Treatise on elephants
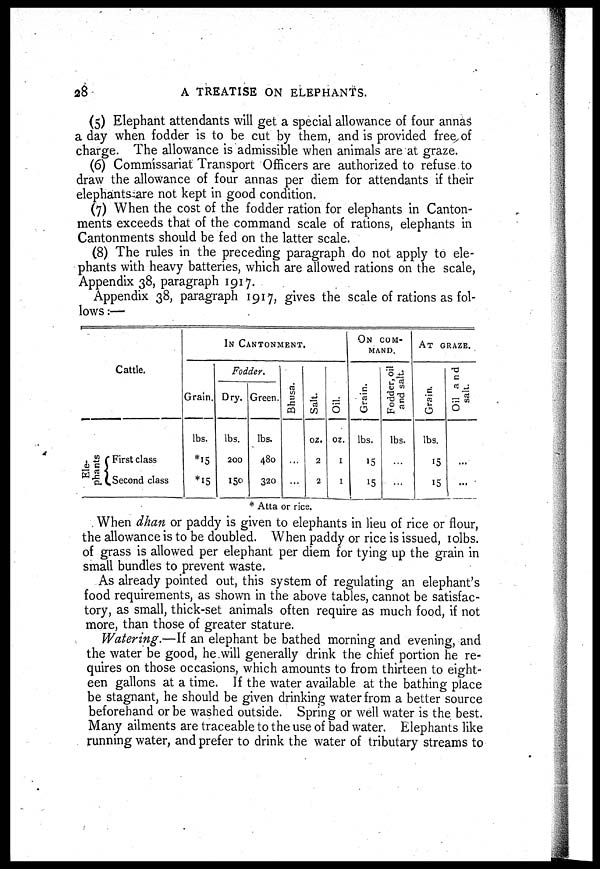
28
A TREATISE ON ELEPHANTS.
(5) Elephant attendants will get a special allowance of four annas
a day when fodder is to be cut by them, and is provided free of
charge. The allowance is admissible when animals are at graze.
(6) Commissariat Transport Officers are authorized to refuse to
draw the allowance of four annas per diem for attendants if their
elephants are not kept in good condition.
(7) When the cost of the fodder ration for elephants in Canton-
ments exceeds that of the command scale of rations, elephants in
Cantonments should be fed on the latter scale.
(8) The rules in the preceding paragraph do not apply to ele-
phants with heavy batteries, which are allowed rations on the scale,
Appendix 38, paragraph 1917.
Appendix 38, paragraph 1917, gives the scale of rations as fol-
lows :—
Cattle.
Ele-
phants
First class
Second class
IN CANTONMENT.
Grain.
lbs.
*15
*15
Fodder.
Dry.
lbs.
200
150
Green.
lbs.
480
320
Bhus a.
...
...
Salt.
oz.
2
2
Oil.
oz.
1
1
ON COM-
----.
Grain.
lbs.
15
15
Fodder, oil
and salt.
lbs.
...
...
AT GRAZE.
Gr ai n.
lbs.
15
15
Oil and
salt.
...
...
* Atta or rice.
When dhan or paddy is given to elephants in lieu of rice or flour,
the allowance is to be doubled. When paddy or rice is issued, 10lbs.
of grass is allowed per elephant per diem for tying up the grain in
small bundles to prevent waste.
As already pointed out, this system of regulating an elephant's
food requirements, as shown in the above tables, cannot be satisfac-
tory, as small, thick-set animals often require as much food, if not
more, than those of greater stature.
Watering.—If an elephant be bathed morning and evening, and
the water be good, he will generally drink the chief portion he re-
quires on those occasions, which amounts to from thirteen to eight-
een gallons at a time. If the water available at the bathing place
be stagnant, he should be given drinking water from a better source
beforehand or be washed outside. Spring or well water is the best.
Many ailments are traceable to the use of bad water. Elephants like
running water, and prefer to drink the water of tributary streams to